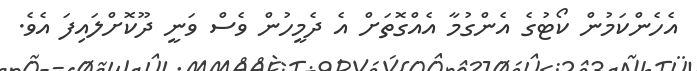
އެހެންކަމުން ކޯޓުގެ އެންގުމާ އެއްގޮތަށް އެ ދެމީހުން ވެސް ވަނީ ދޫކޮށްލައިފަ އެވެ.